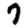
Digit: 7